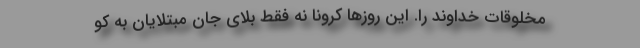
مخلوقات خداوند را. این روزها کرونا نه فقط بلای جان مبتلایان به کو